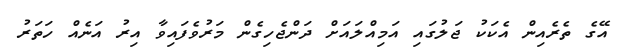
އޭގެ ތެރެއިން އެކަކު ޖަލުގައި އަމިއްލައަށް ދަންޖެހިގެން މަރުވެފައިވާ އިރު އަނެއް ހަތަރު